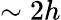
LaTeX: \sim 2h